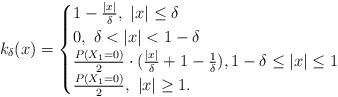
LaTeX: \begin{align*} k_\delta(x)= \begin{cases} 1-\frac{|x|}{\delta},\ |x|\leq \delta\\ 0,\ \delta<|x|<1-\delta\\ \frac{P(X_1=0)}{2}\cdot (\frac{|x|}{\delta}+1-\frac{1}{\delta}), 1-\delta\leq |x|\leq 1\\ \frac{P(X_1=0)}{2},\ |x|\geq 1. \end{cases}\end{align*}